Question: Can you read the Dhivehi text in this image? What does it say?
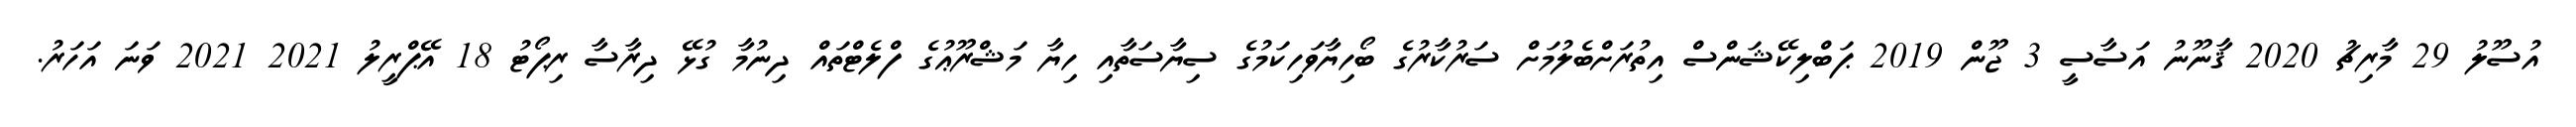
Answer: އުސޫލު 29 މާރިޗު 2020 ޤާނޫނު އަސާސީ 3 ޖޫން 2019 ޕަބްލިކޭޝަންސް އިތުރަށްބެލުމަށް ސަރުކާރުގެ ބޯހިޔާވަހިކަމުގެ ސިޔާސަތާއި ހިޔާ މަޝްރޫޢުގެ ފްލެޓްތައް ދިނުމާ ގުޅޭ ދިރާސާ ރިޕޯޓު 18 އޭޕްރީލު 2021 2021 ވަނަ އަހަރު.